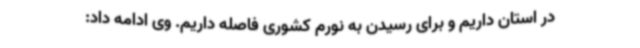
در استان داریم و برای رسیدن به نورم کشوری فاصله داریم. وی ادامه داد: